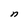
Character: n